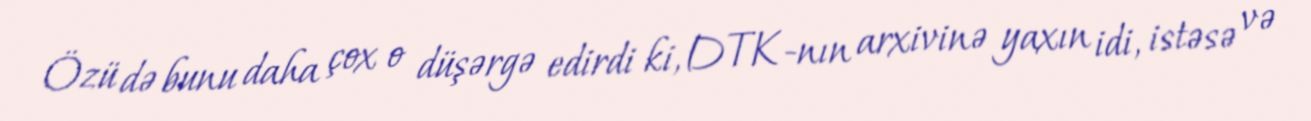
Özü də bunu daha çox o düşərgə edirdi ki, DTK-nın arxivinə yaxın idi, istəsə və